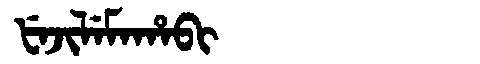
Manchu: ᡶᡝᠵᡳᠯᡝᠮᠠᡥᠠᠪᡳ
Romanization: FEJILEMAHABI